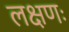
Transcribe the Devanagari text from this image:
लक्षणः